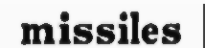
missiles